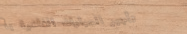
تأجير السيارات الفاخرة بأ